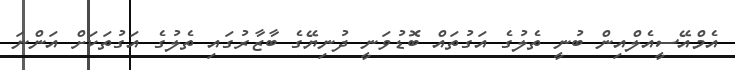
އެމްއޭސީއެލްއިން ބުނީ ތެލުގެ އަގުތައް ބޮޑުވަނީ ދުނިޔޭގެ ބާޒާރުގައި ތެލުގެ އަގުތަކަށް އަންނަ